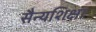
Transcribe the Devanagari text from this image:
सैन्यशिक्षा